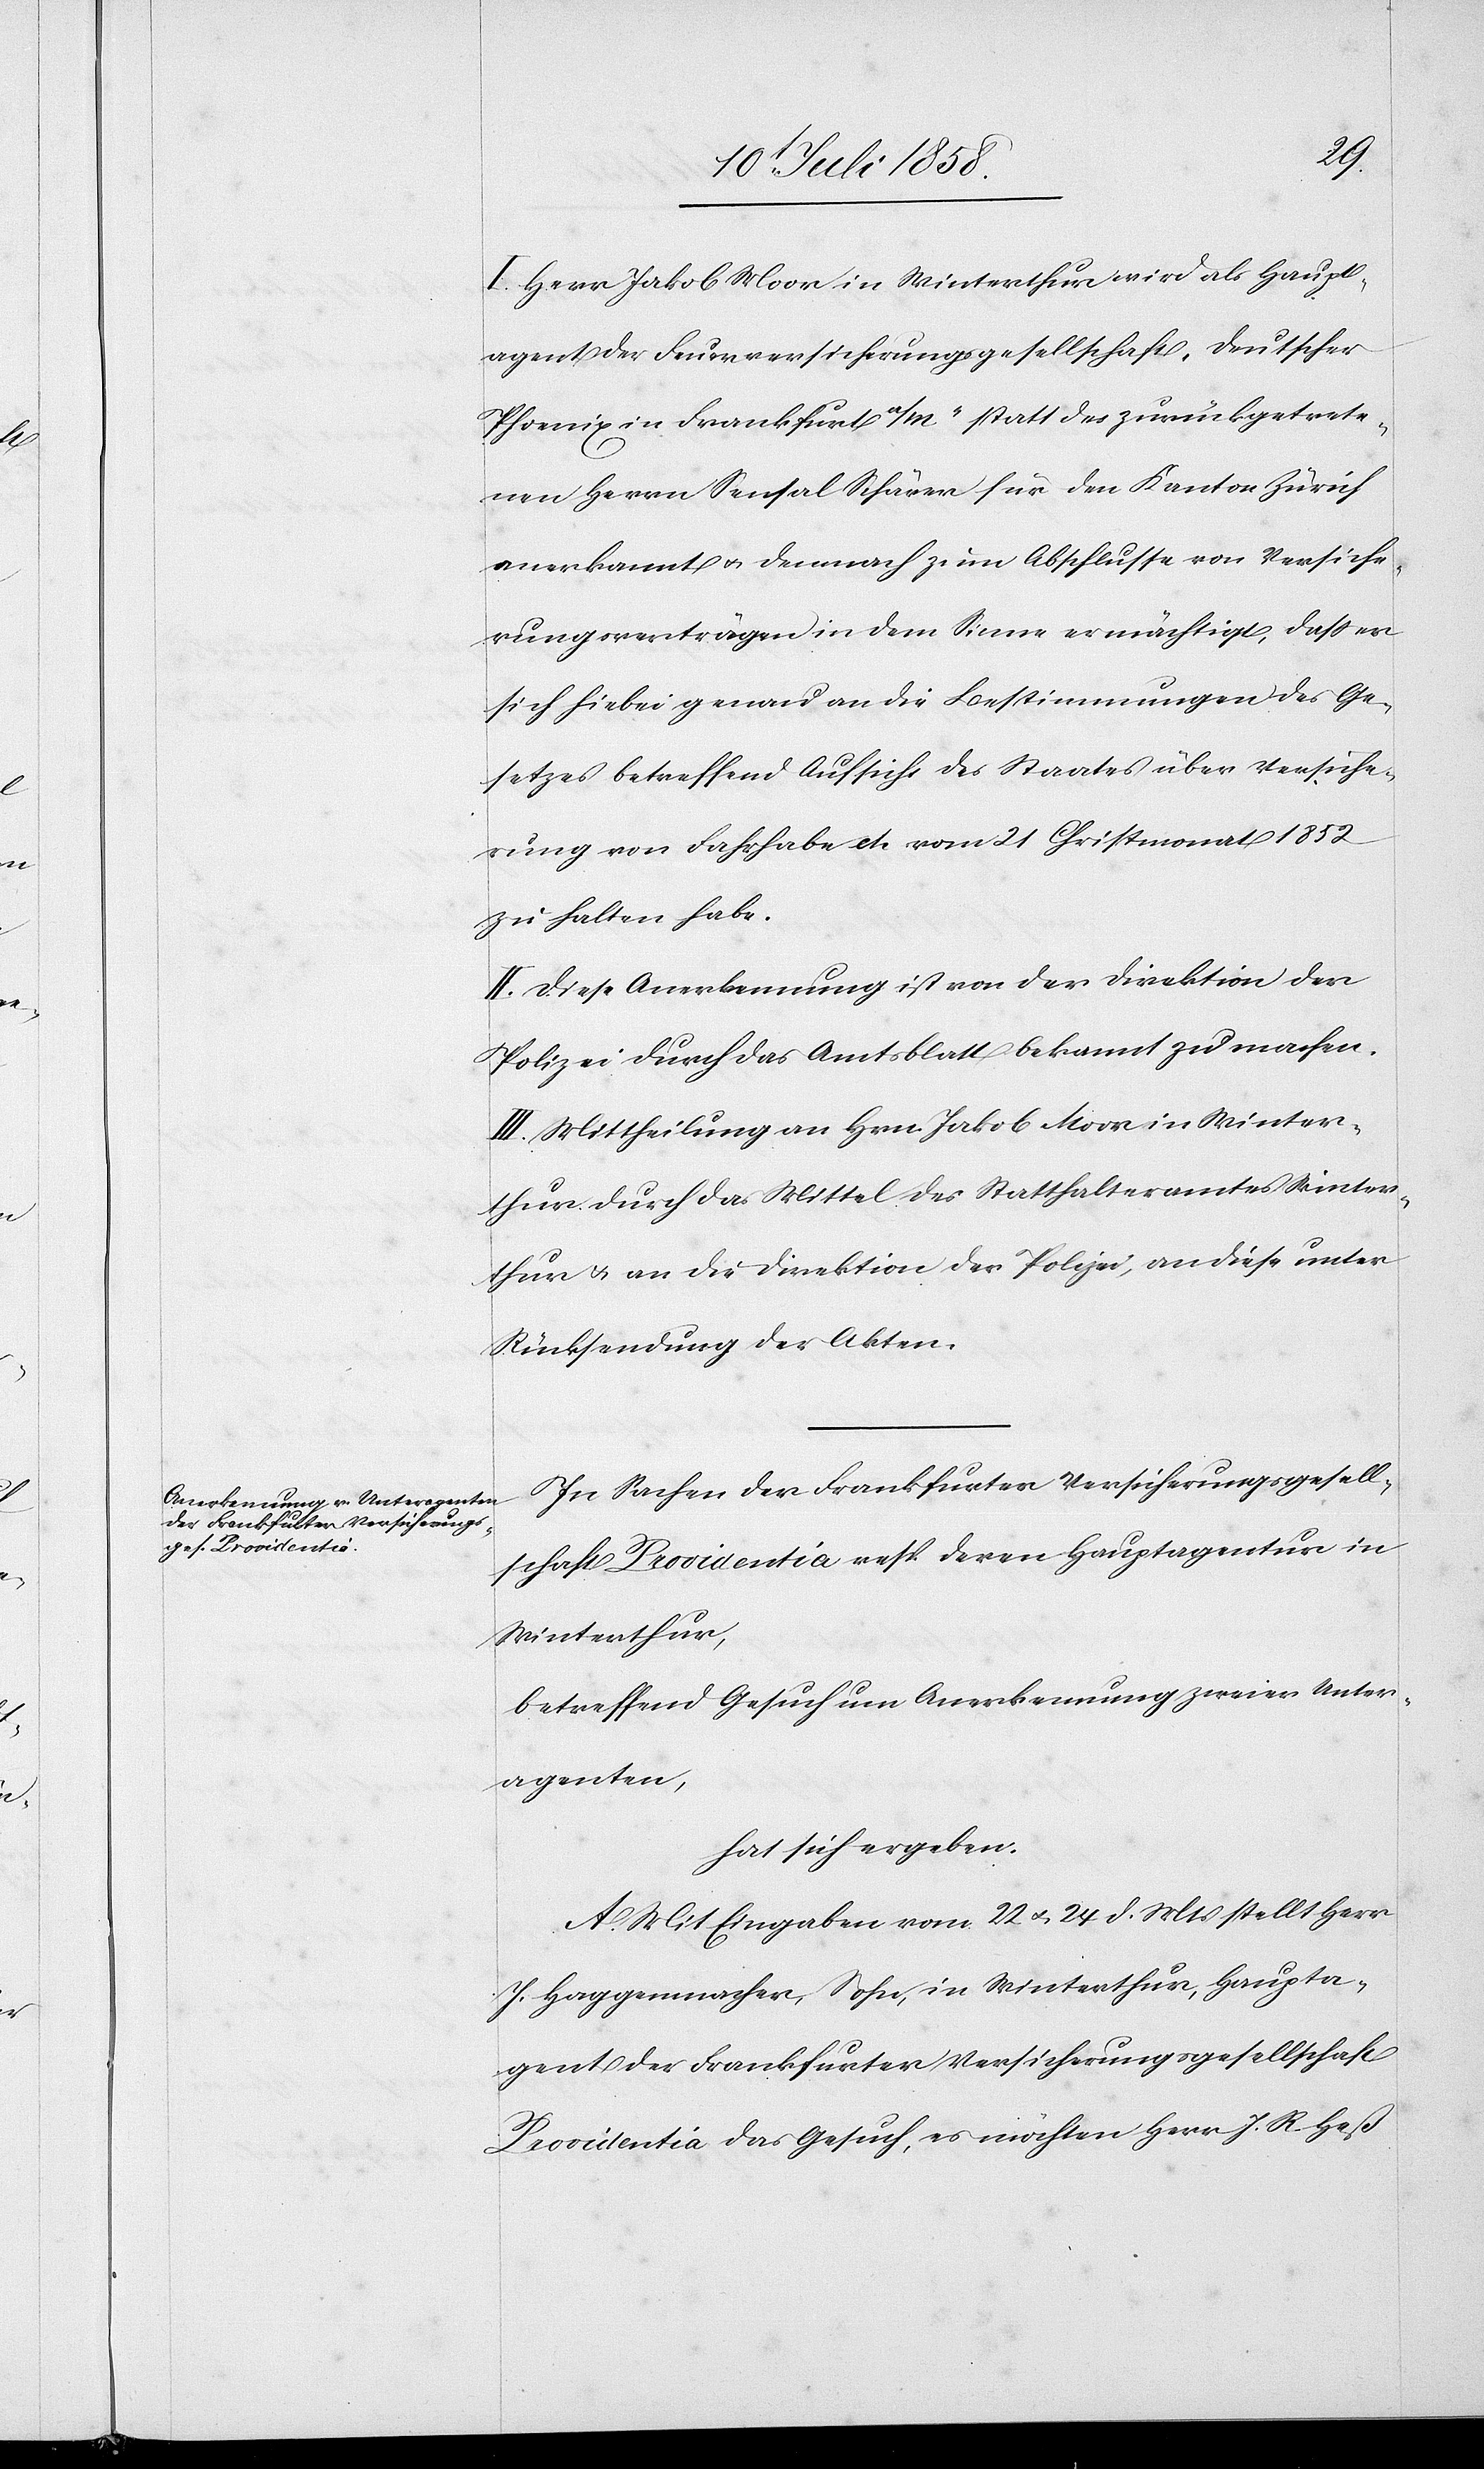
I. Herr Jakob Moor in Winterthur wird als Haupt¬
agent der Feuerversicherungsgesellschaft „deutscher
Phoenix in Frankfurt a/M“ statt des zurückgetrete¬
nen Herrn Sensal Schärer für den Kanton Zürich
anerkannt & demnach zum Abschlusse von Versiche¬
rungsverträgen in dem Sinne ermächtigt, dass er
sich hiebei genau an die Bestimmungen des Ge¬
setzes betreffend Aufsicht des Staates über Versiche¬
rung von Fahrhabe etc. vom 21 Christmonat 1852
zu halten habe.
II. Diese Anerkennung ist von der Direktion der
Polizei durch das Amtsblatt bekannt zu machen.
III. Mittheilung an Hrn. Jakob Moor in Winter¬
thur durch das Mittel des Statthalteramtes Winter¬
thur & an die Direktion der Polizei, an diese unter
Rücksendung der Akten.
In Sachen der Frankfurter Versicherungsgesell¬
schaft Providentia resp. deren Hauptagentur in
Winterthur,
betreffend Gesuch um Anerkennung zweier Unter¬
agenten,
hat sich ergeben:
A. Mit Eingaben vom 22 & 24 d. Mts stellt Herr
J. Haggenmacher, Sohn, in Winterthur, Haupta¬
gent der Frankfurter Versicherungsgesellschaft
Providentia das Gesuch, es möchten Herr J. R. Heß